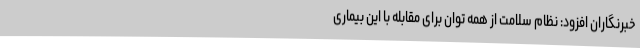
خبرنگاران افزود: نظام سلامت از همه توان برای مقابله با این بیماری